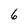
Character: 6